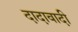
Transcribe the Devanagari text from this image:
दादावादी